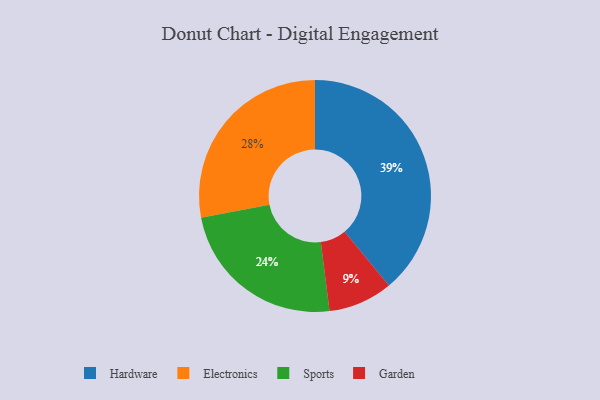
{"axis": {"x": "Category", "y": "Percentage"}, "legend": ["Electronics", "Garden", "Hardware", "Sports"], "data": [{"x": "Electronics", "y": 28, "type": "Electronics"}, {"x": "Sports", "y": 24, "type": "Sports"}, {"x": "Garden", "y": 9, "type": "Garden"}, {"x": "Hardware", "y": 39, "type": "Hardware"}]}